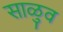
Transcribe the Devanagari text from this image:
साळुव